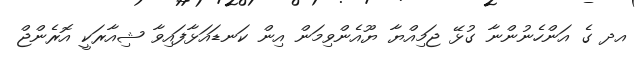
އދ ގެ އަންހެނުންނާ ގުޅޭ ޖަމިއްޔާ ޔޫއެންވިމަން އިން ކަނޑައަޅާފައިވާ ޝިއާރަކީ އޮރެންޖް